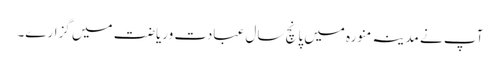
آپ نے مدینہ منورہ میں پانچ سال عبادت وریاضت میں گزارے۔